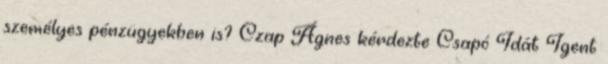
személyes pénzügyekben is? Czap Ágnes kérdezte Csapó Idát Igent